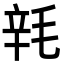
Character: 㲔